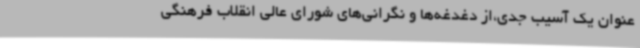
عنوان یک آسیب جدی،از دغدغه‌ها و نگرانی‌های شورای عالی انقلاب فرهنگی